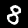
Digit: 8